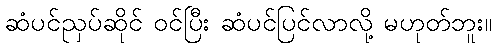
ဆံပင်ညှပ်ဆိုင် ဝင်ပြီး ဆံပင်ပြင်လာလို့ မဟုတ်ဘူး။